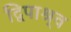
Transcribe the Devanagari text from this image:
द्विपाश्र्व